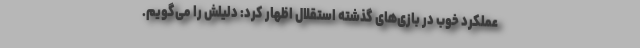
عملکرد خوب در بازی‌های گذشته استقلال اظهار کرد: دلیلش را می‌گویم.